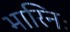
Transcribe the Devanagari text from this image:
भारिनः